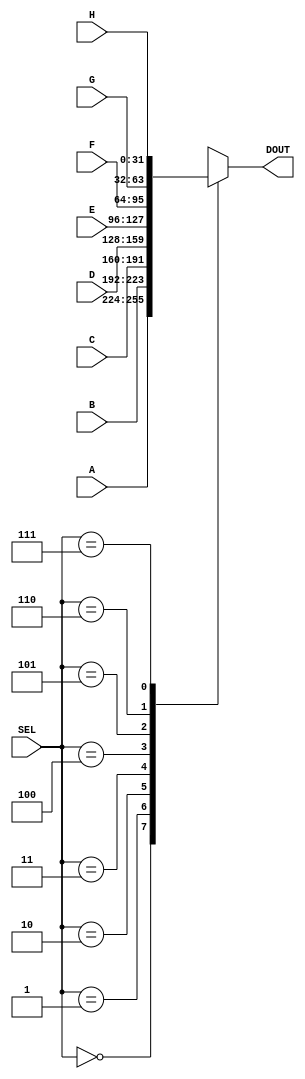
module MUX8_1(
input wire [N - 1:0] A,
input wire [N - 1:0] B,
input wire [N - 1:0] C,
input wire [N - 1:0] D,
input wire [N - 1:0] E,
input wire [N - 1:0] F,
input wire [N - 1:0] G,
input wire [N - 1:0] H,
input wire [2:0] SEL,
output reg [N - 1:0] DOUT
);

parameter [31:0] N = 32;




  always @(a, b, c, d, e, f, g, h, SEL) begin
    case(SEL)
    3'b000 : begin
      DOUT <= A;
    end
    3'b001 : begin
      DOUT <= B;
    end
    3'b010 : begin
      DOUT <= C;
    end
    3'b011 : begin
      DOUT <= D;
    end
    3'b100 : begin
      DOUT <= E;
    end
    3'b101 : begin
      DOUT <= F;
    end
    3'b110 : begin
      DOUT <= G;
    end
    3'b111 : begin
      DOUT <= H;
    end
    default : begin
      DOUT <= A;
    end
    endcase
  end


endmodule